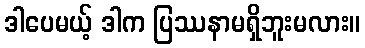
ဒါပေမယ့် ဒါက ပြဿနာမရှိဘူးမလား။